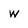
Character: w